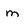
Character: m